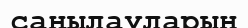
саңылауларын